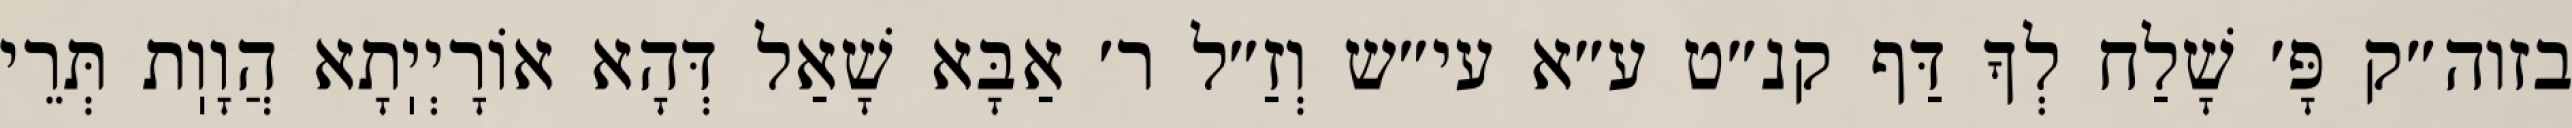
בזוה״ק פָּ׳ שָׁלַח לְךָ דַּף קנ״ט ע״א עי״ש וְזַ״ל ר׳ אַבָּא שָׁאַל דְּהָא אוֹרָיְיֽתָא הֲוָוֽת תְּרֵי